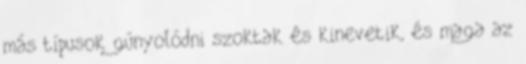
más típusok gúnyolódni szoktak és kinevetik, és maga az